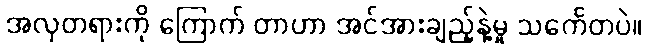
အလှတရားကို ကြောက် တာဟာ အင်အားချည့်နဲ့မှု သင်္ကေတပဲ။